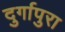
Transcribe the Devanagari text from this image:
दुर्गापुरा